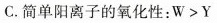
C.简单阳离子的氧化性：W>Y